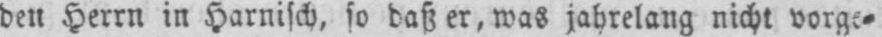
den Herrn in Harnisch, so daß er, was jahrelang nicht vorge⸗